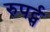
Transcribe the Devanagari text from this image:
रुपर्ट्स